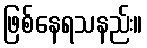
ဖြစ်နေရသနည်း။